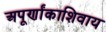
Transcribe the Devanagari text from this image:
अपूर्णांकाशिवाय